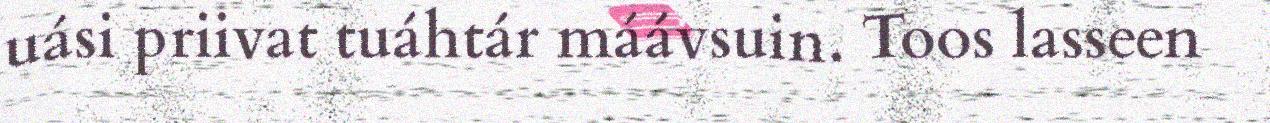
uási priivat tuáhtár máávsuin. Toos lasseen